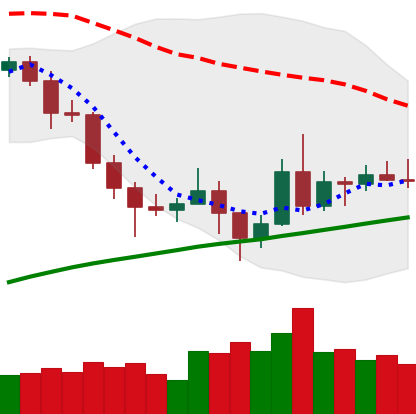
Ticker: NEO-USD
Chart end date: 2020-11-12
Forward return: 4.557%
Label: up_3_5